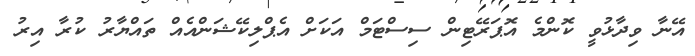
އޭނާ ވިދާޅުވީ ކޮންމެ އޮޕަރޭޓިން ސިސްޓަމް އަކަށް އެޕްލިކޭޝަންއެއް ތައްޔާރު ކުރާ އިރު